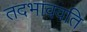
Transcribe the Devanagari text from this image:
तदभाववति